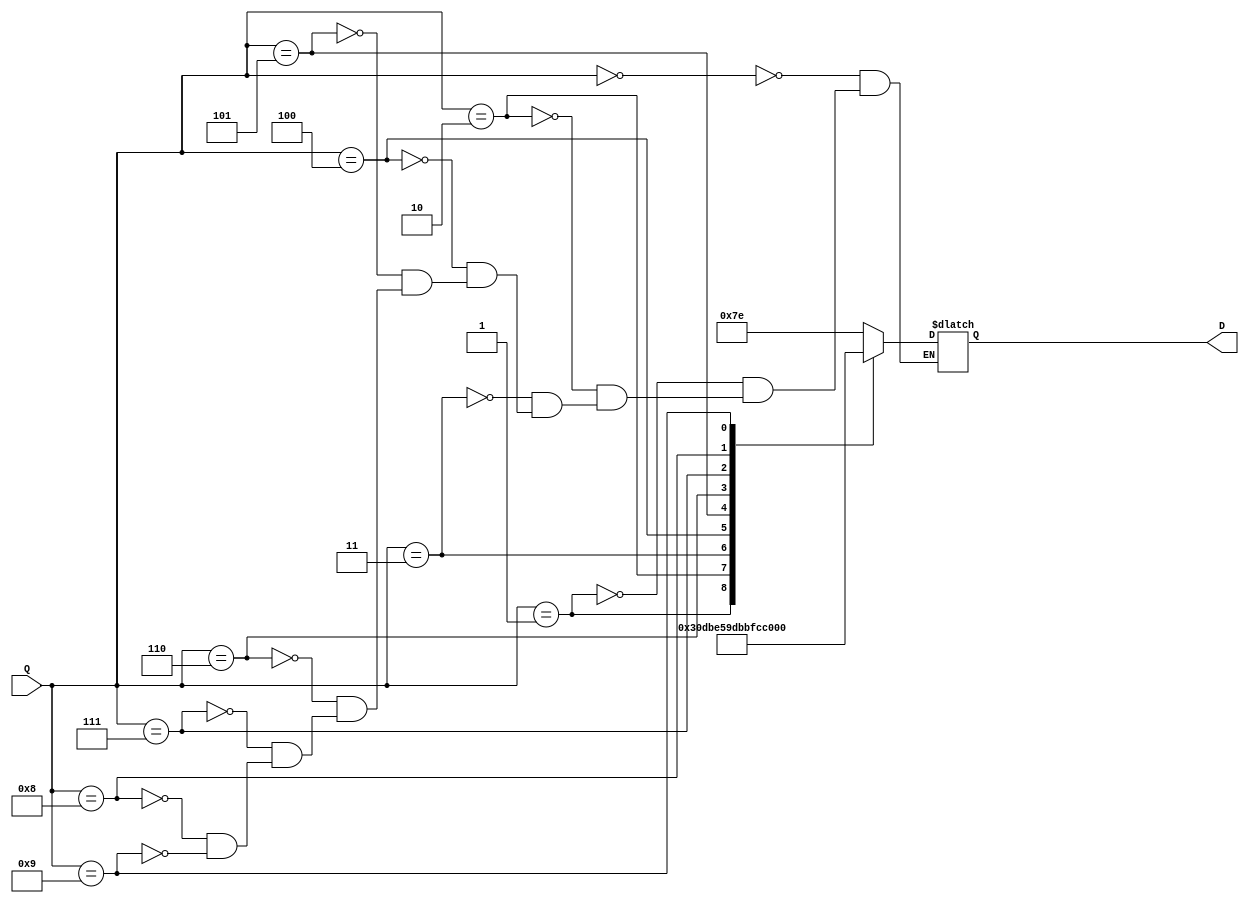

module dec49_case (Q,D);
input [3:0] Q;
output[6:0] D;
reg   [6:0] D;

always@ (Q)
  case(Q)
    4'b0000 : D = 7'b1111110;
    4'b0001 : D = 7'b0110000;
    4'b0010 : D = 7'b1101101;
    4'b0011 : D = 7'b1111001;
    4'b0100 : D = 7'b0110011;
    4'b0101 : D = 7'b1011011;
    4'b0110 : D = 7'b1011111;
    4'b0111 : D = 7'b1110010;
    4'b1000 : D = 7'b1111111;
    4'b1001 : D = 7'b1111011;
   endcase


 endmodule